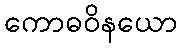
ကောဓဝိနယော